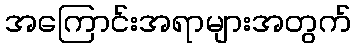
အကြောင်းအရာများအတွက်